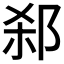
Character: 𬩻